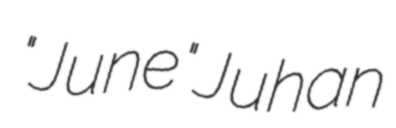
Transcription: "June" Juhan